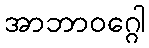
အာဘာဝဂ္ဂေါ